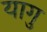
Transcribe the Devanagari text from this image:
यागु